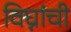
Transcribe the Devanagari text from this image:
विघ्नांची